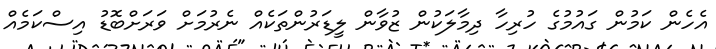
އެހެން ކަމުން ގައުމުގެ ހުރިހާ ދިމާލަކުން ޒުވާން ލީޑަރުންތަކެއް ނެރުމަށް ވަރަށްބޮޑު އިސްކަމެއް